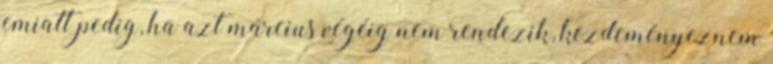
emiatt pedig, ha azt március végéig nem rendezik, kezdeményeznem